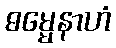
ဓမ္မေနာဟံ